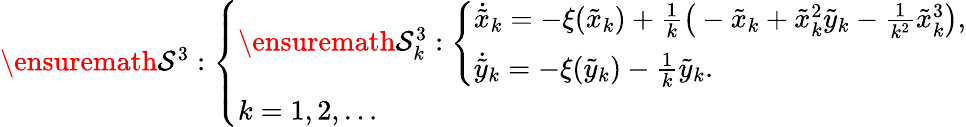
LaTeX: \begin{array}{r}{\ensuremath{\mathcal{S}}^{3}:\left\{ \begin{array}{l}{\ensuremath{\mathcal{S}}_{k}^{3}:\left\{ \begin{array}{l}{\dot{\tilde{x}}_{k}=-\xi(\tilde{x}_{k})+\frac{1}{k}\big(-\tilde{x}_{k}+\tilde{x}_{k}^{2}\tilde{y}_{k}-\frac{1}{k^{2}}\tilde{x}_{k}^{3}\big),}\\ {\dot{\tilde{y}}_{k}=-\xi(\tilde{y}_{k})-\frac{1}{k}\tilde{y}_{k}.}\end{array}\right.}\\ {k=1,2,\ldots}\end{array}\right.}\end{array}